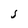
Character: J